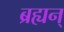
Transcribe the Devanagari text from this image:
ब्रह्यन्‌